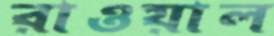
রাওয়াল